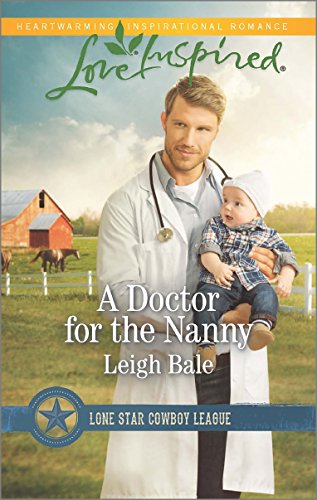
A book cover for A Doctor for the Nanny (Lone Star Cowboy League); Leigh Bale; Romance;